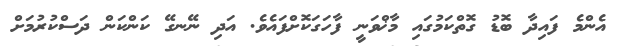
އެންމެ ފައިދާ ބޮޑު ގޮތްކަމުގައި މާޚްވަނީ ފާހަގަކޮށްފައެވެ. އަދި ނޭނގޭ ކަންކަން ދަސްކުރުމަށް